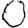
Digit: 0